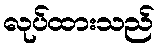
လုပ်ထားသည်